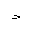
Letter: _dal